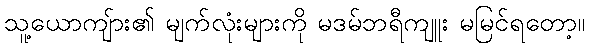
သူ့ယောကျ်ား၏ မျက်လုံးများကို မဒမ်ဘရီကျူး မမြင်ရတော့။